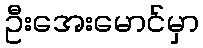
ဦးအေးမောင်မှာ